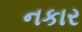
નકાર